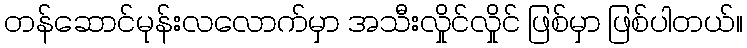
တန်ဆောင်မုန်းလလောက်မှာ အသီးလှိုင်လှိုင် ဖြစ်မှာ ဖြစ်ပါတယ်။